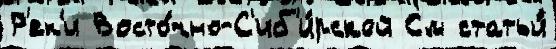
Р'ек'и Восто́чно-С'иб'и́рской См статьи́